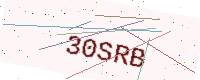
Text: 30SRB